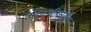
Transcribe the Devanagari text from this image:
तदिदमतिसर्वाय